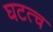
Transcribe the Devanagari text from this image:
घटत्च